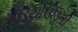
વીડિયોઊડતી